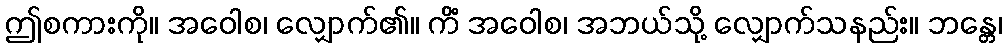
ဤစကားကို။ အဝေါစ၊ လျှောက်၏။ ကိံ အဝေါစ၊ အဘယ်သို့ လျှောက်သနည်း။ ဘန္တေ၊